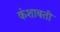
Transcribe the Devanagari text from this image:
कंशाबती